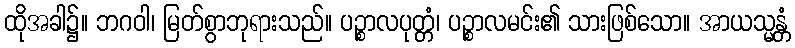
ထိုအခါ၌။ ဘဂဝါ၊ မြတ်စွာဘုရားသည်။ ပဉ္စာလပုတ္တံ၊ ပဉ္စာလမင်း၏ သားဖြစ်သော။ အာယသ္မန္တံ